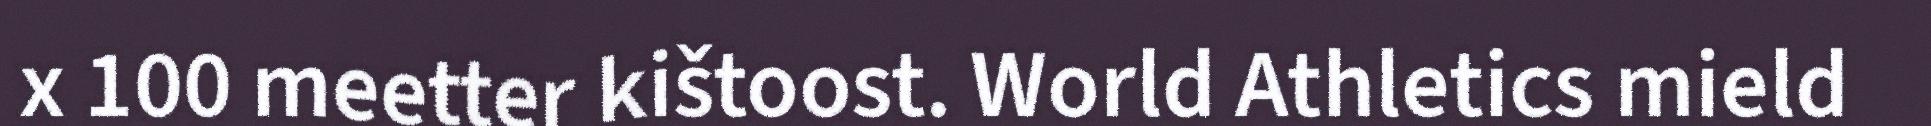
x 100 meetter kištoost. World Athletics mield